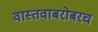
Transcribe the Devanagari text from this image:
वास्तवाबरोबरच